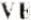
VE